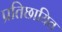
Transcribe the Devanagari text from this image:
प्रतिछायित